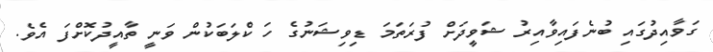
ގަވާއިދުގައި ބުނެފައިވާއިރު ޝަވީދަށް ފުރަތަމަ ޑިވިޝަނުގެ ހަ ކްލަބަކުން ވަނީ ތާއީދުކޮށްފަ އެވެ.